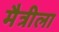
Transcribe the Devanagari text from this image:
मैत्रीला